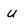
Character: u